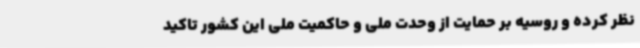
نظر کرده و روسیه بر حمایت از وحدت ملی و حاکمیت ملی این کشور تاکید